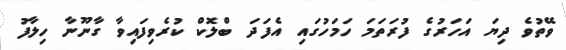
ވޭތުވެ ދިޔަ އަހަރުގެ ފުރަތަމަ ހަމަހުގައި އެފަދަ ބްލޮކް ކުރެވިފައިވާ ގާނޫނާ ހިލާފު